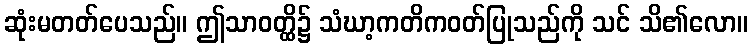
ဆုံးမတတ်ပေသည်။ ဤသာဝတ္ထိ၌ သံဃာ့ကတိကဝတ်ပြုသည်ကို သင် သိ၏လော။